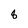
Character: 8